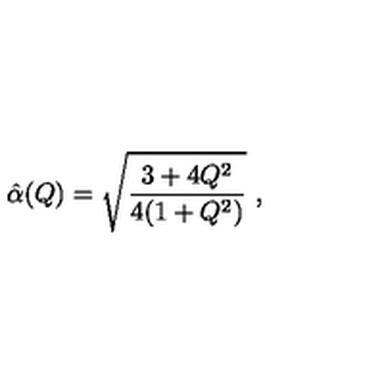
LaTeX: \hat { \alpha } ( Q ) = \sqrt { { \frac { 3 + 4 Q ^ { 2 } } { 4 ( 1 + Q ^ { 2 } ) } } } \ ,